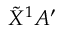
\tilde { X } ^ { 1 } A ^ { \prime }